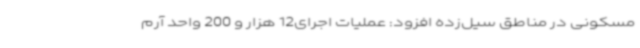
مسکونی در مناطق سیل‌زده افزود: عملیات اجرای12 هزار و 200 واحد آرم